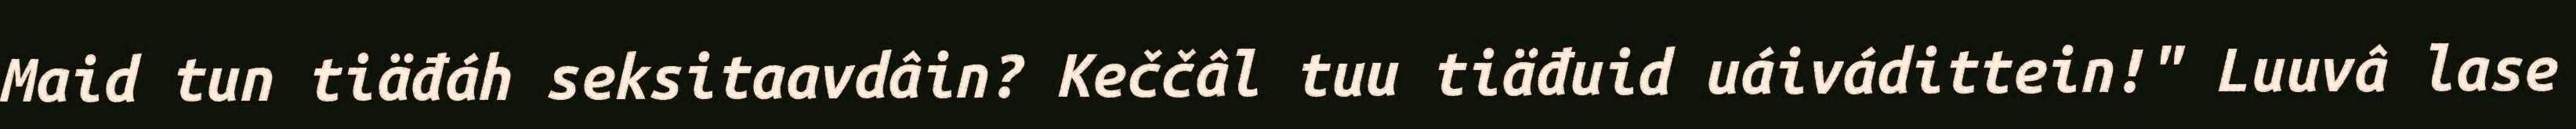
Maid tun tiäđáh seksitaavdâin? Keččâl tuu tiäđuid uáivádittein!" Luuvâ lase